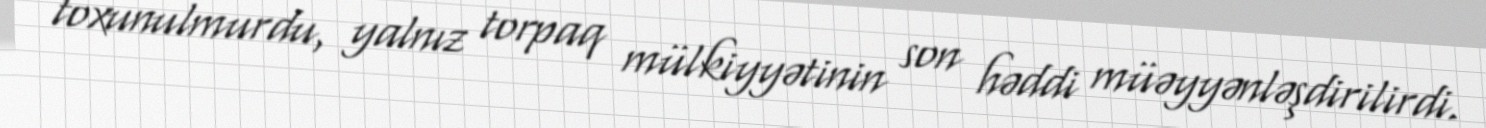
toxunulmurdu, yalnız torpaq mülkiyyətinin son həddi müəyyənləşdirilirdi.